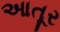
આતૂર